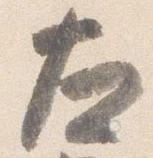
左